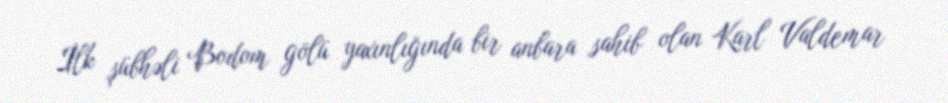
İlk şübhəli Bodom gölü yaxınlığında bir anbara sahib olan Karl Valdemar